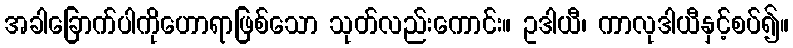
အခါခြောက်ပါကိုဟောရာဖြစ်သော သုတ်လည်းကောင်း။ ဥဒါယီ၊ ကာလုဒါယီနှင့်စပ်၍။